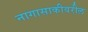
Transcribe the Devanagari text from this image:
नागासाकीवरील